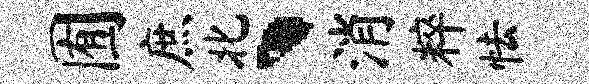
囿庶北、消粹怯